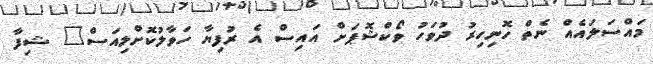
މައްސަލައެއް ނެތް ހޮނިހިރު ދުވަހު ވޯކްޝޮޕަށް އައިސް އެ ރުފިޔާ ހަވާލުކޮށްލިއަސް" ޝިފާ